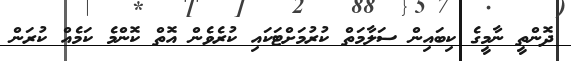
ދޮންތީ ނާމީގެ ކިބައިން ސަލާމަތް ކުރުމަށްޓަކައި ކުރެވެން އޮތް ކޮންމެ ކަމެއް ކުރަން